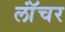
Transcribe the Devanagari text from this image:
लॉंचर